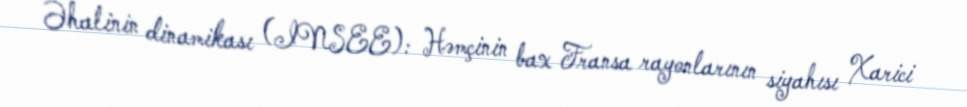
Əhalinin dinamikası (INSEE): Həmçinin bax Fransa rayonlarının siyahısı Xarici